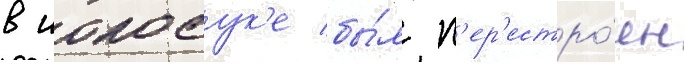
в иокосук'е бы́л п'ер'естро́ен